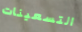
التسعينات